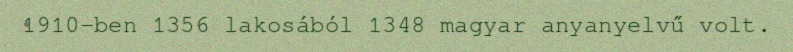
1910-ben 1356 lakosából 1348 magyar anyanyelvű volt.